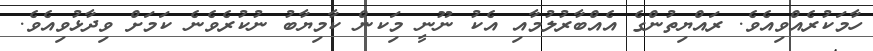
ހާމަކުރެއްވިއެވެ. ރައްޔިތުންގެ އެއްބާރުލުމާއި އެކު ނޫނީ މިަކން ކާމިޔާބު ނުކުރެވެނެ ކަމަށް ވިދާޅުވިއެވެ.